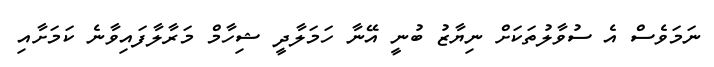
ނަމަވެސް އެ ސުވާލުތަކަށް ނިޔާޒު ބުނީ އޭނާ ހަމަލާދީ ޝިހާމް މަރާލާފައިވާނެ ކަމަށާއި